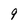
Character: 9